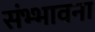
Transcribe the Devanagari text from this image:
संभ्भावना